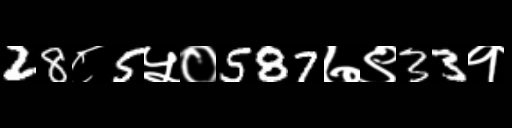
Text: 28८5५०587७९33१